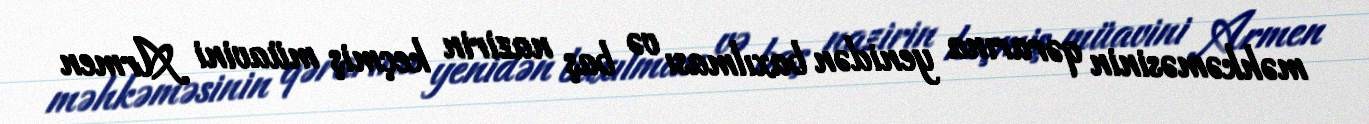
məhkəməsinin qərarına yenidən baxılması və baş nazirin keçmiş müavini Armen